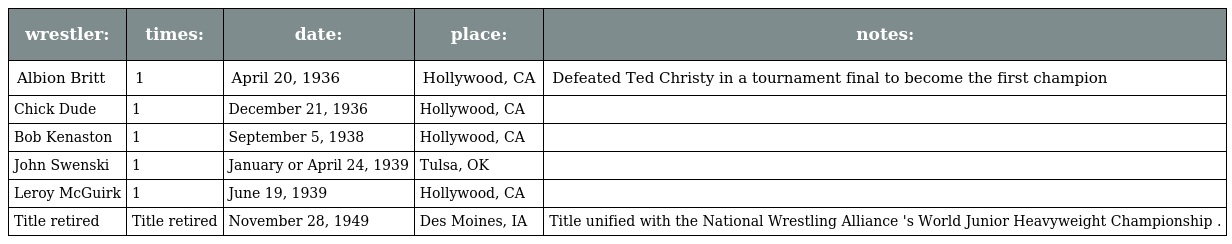
| wrestler: | times: | date: | place: | notes: |
 | --- | --- | --- | --- | --- |
 | Albion Britt | 1 | April 20, 1936 | Hollywood, CA | Defeated Ted Christy in a tournament final to become the first champion |
 | Chick Dude | 1 | December 21, 1936 | Hollywood, CA |  |
 | Bob Kenaston | 1 | September 5, 1938 | Hollywood, CA |  |
 | John Swenski | 1 | January or April 24, 1939 | Tulsa, OK |  |
 | Leroy McGuirk | 1 | June 19, 1939 | Hollywood, CA |  |
 | Title retired | Title retired | November 28, 1949 | Des Moines, IA | Title unified with the National Wrestling Alliance 's World Junior Heavyweight Championship . |